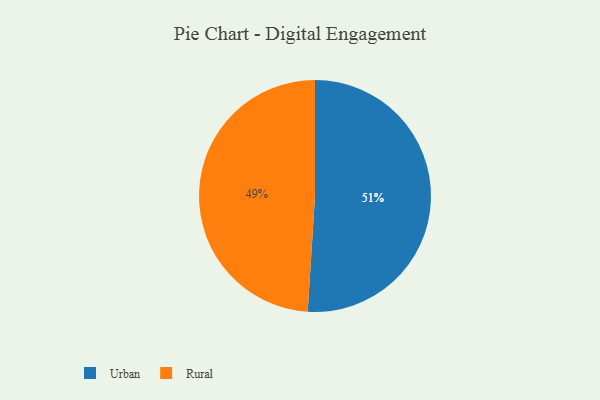
{"axis": {"x": "Category", "y": "Percentage"}, "legend": ["Rural", "Urban"], "data": [{"x": "Urban", "y": 51, "type": "Urban"}, {"x": "Rural", "y": 49, "type": "Rural"}]}